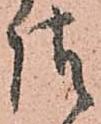
請